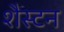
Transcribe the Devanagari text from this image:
शैस्टन